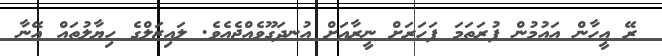
ރޭ އީހާން އައުމުން ފުރަތަމަ ފަހަރަށް ނީރާއަށް އުނދަގޫވެއްޖެއެވެ. ލައިޒަލްގެ ހިޔާލުތައް އޭނާ